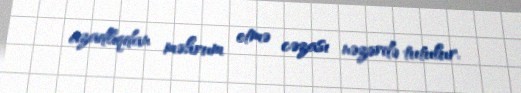
azadlıqdan məhrum etmə cəzası nəzərdə tutulur.